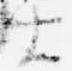
士